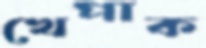
খেপাক